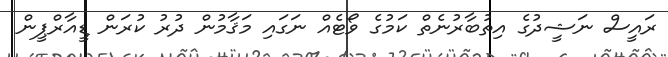
ރައީސް ނަޝީދުގެ އިތުބާރުނެތް ކަމުގެ ވޯޓެއް ނަގައި މަޤާމުން ދުރު ކުރަން ޑީއާރްޕީން